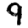
Digit: 9